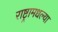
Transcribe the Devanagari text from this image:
राष्ट्रामधल्या